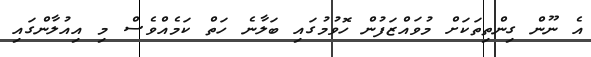
އެ ނޫން ގިންތިތަކަށް މުވައްޒަފުން ހޮވުމުގައި ބަލާނެ ހަތް ކަމެއްވެސް މި އިއުލާންގައި